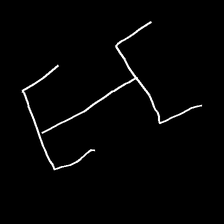
Glyph: entwine